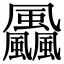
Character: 飍